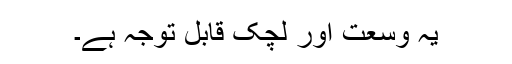
یہ وسعت اور لچک قابل توجہ ہے۔